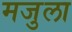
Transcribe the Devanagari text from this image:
मजुला